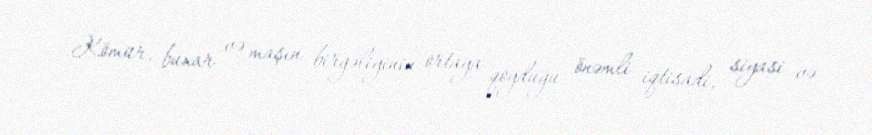
Kömür, buxar və maşın birgəliyinin ortaya qoyduğu önəmli iqtisadi, siyasi və